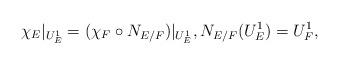
LaTeX: \begin{align*} \chi_E|_{U_E^1}=(\chi_F\circ N_{E/F})|_{U_E^1}, N_{E/F}(U_E^1)=U_F^1, \end{align*}